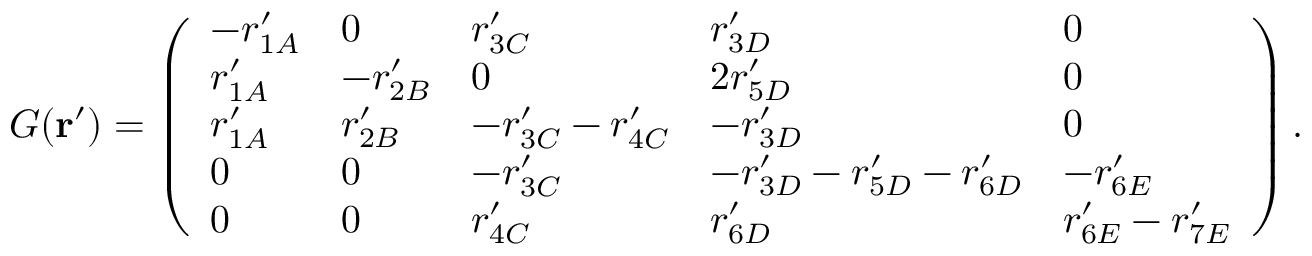
G ( \mathbf { r } ^ { \prime } ) = \left( \begin{array} { l l l l l } { - r _ { 1 A } ^ { \prime } } & { 0 } & { r _ { 3 C } ^ { \prime } } & { r _ { 3 D } ^ { \prime } } & { 0 } \\ { r _ { 1 A } ^ { \prime } } & { - r _ { 2 B } ^ { \prime } } & { 0 } & { 2 r _ { 5 D } ^ { \prime } } & { 0 } \\ { r _ { 1 A } ^ { \prime } } & { r _ { 2 B } ^ { \prime } } & { - r _ { 3 C } ^ { \prime } - r _ { 4 C } ^ { \prime } } & { - r _ { 3 D } ^ { \prime } } & { 0 } \\ { 0 } & { 0 } & { - r _ { 3 C } ^ { \prime } } & { - r _ { 3 D } ^ { \prime } - r _ { 5 D } ^ { \prime } - r _ { 6 D } ^ { \prime } } & { - r _ { 6 E } ^ { \prime } } \\ { 0 } & { 0 } & { r _ { 4 C } ^ { \prime } } & { r _ { 6 D } ^ { \prime } } & { r _ { 6 E } ^ { \prime } - r _ { 7 E } ^ { \prime } } \end{array} \right) .